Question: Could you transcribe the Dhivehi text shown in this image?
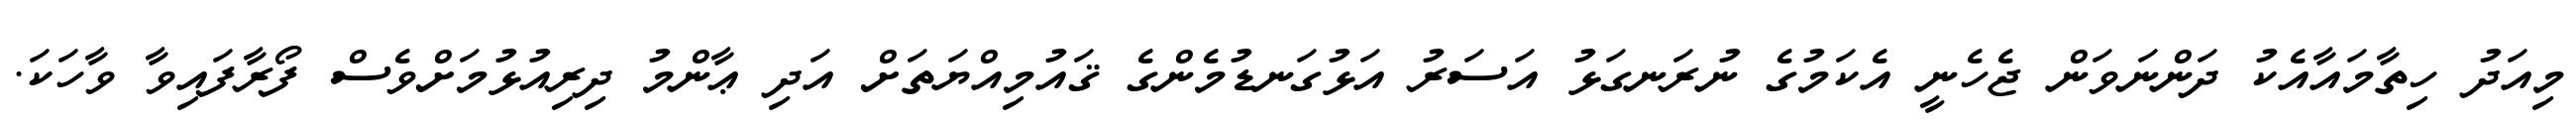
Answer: މިއަދު ހިތާމައާއެކު ދަންނަވަން ޖެހެނީ އެކަމުގެ ނުރަނގަޅު އަސަރު އަޅުގަނޑުމެންގެ ޤައުމިއްޔަތަށް އަދި ޢާންމު ދިރިއުޅުމަށްވެސް ފޯރާފައިވާ ވާހަކަ.